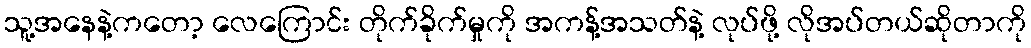
သူ့အနေနဲ့ကတော့ လေကြောင်း တိုက်ခိုက်မှုကို အကန့်အသတ်နဲ့ လုပ်ဖို့ လိုအပ်တယ်ဆိုတာကို